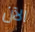
الآن